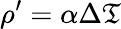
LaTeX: \rho^{\prime}=\alpha\Delta\mathfrak{T}